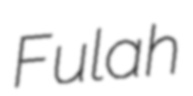
Fulah